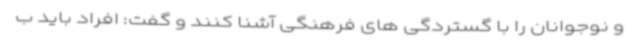
و نوجوانان را با گستردگی های فرهنگی آشنا کنند و گفت: افراد باید ب